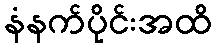
နံနက်ပိုင်းအထိ